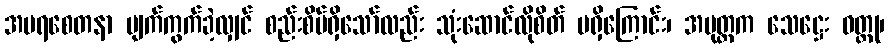
အပရစေတနာ ပျက်ကွက်ခဲ့လျှင် စည်းစိမ်ရှိသော်လည်း သုံးဆောင်လိုစိတ် မရှိကြောင်း၊ အပုတ္တက သေဋ္ဌေး ဝတ္ထု၊